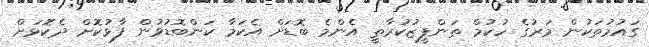
ގައުމުތަކުން މަރުގެ ހުކުމް ތަންފީޒުކުރާތީ އެންމެ ބޮޑަށް އެކަމާ ކަންބޮޑުވުން ފާޅުކޮށް ދެކޮޅަށް